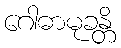
ဂေါဓာမုခန္တိ